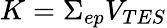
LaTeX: K=\Sigma_{ep}V_{TES}